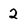
Character: 2